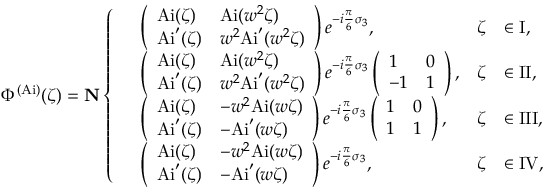
\Phi ^ { ( \mathrm { A i } ) } ( \zeta ) = \mathbf { N } \left\{ \begin{array} { r l r l } & { \left( \begin{array} { l l } { \mathrm { A i } ( \zeta ) } & { \mathrm { A i } ( w ^ { 2 } \zeta ) } \\ { \mathrm { A i } ^ { \prime } ( \zeta ) } & { w ^ { 2 } \mathrm { A i } ^ { \prime } ( w ^ { 2 } \zeta ) } \end{array} \right) e ^ { - i \frac { \pi } { 6 } \sigma _ { 3 } } , } & { \zeta } & { \in \mathrm { I } , } \\ & { \left( \begin{array} { l l } { \mathrm { A i } ( \zeta ) } & { \mathrm { A i } ( w ^ { 2 } \zeta ) } \\ { \mathrm { A i } ^ { \prime } ( \zeta ) } & { w ^ { 2 } \mathrm { A i } ^ { \prime } ( w ^ { 2 } \zeta ) } \end{array} \right) e ^ { - i \frac { \pi } { 6 } \sigma _ { 3 } } \left( \begin{array} { l l } { 1 } & { 0 } \\ { - 1 } & { 1 } \end{array} \right) , } & { \zeta } & { \in \mathrm { I I } , } \\ & { \left( \begin{array} { l l } { \mathrm { A i } ( \zeta ) } & { - w ^ { 2 } \mathrm { A i } ( w \zeta ) } \\ { \mathrm { A i } ^ { \prime } ( \zeta ) } & { - \mathrm { A i } ^ { \prime } ( w \zeta ) } \end{array} \right) e ^ { - i \frac { \pi } { 6 } \sigma _ { 3 } } \left( \begin{array} { l l } { 1 } & { 0 } \\ { 1 } & { 1 } \end{array} \right) , } & { \zeta } & { \in \mathrm { I I I } , } \\ & { \left( \begin{array} { l l } { \mathrm { A i } ( \zeta ) } & { - w ^ { 2 } \mathrm { A i } ( w \zeta ) } \\ { \mathrm { A i } ^ { \prime } ( \zeta ) } & { - \mathrm { A i } ^ { \prime } ( w \zeta ) } \end{array} \right) e ^ { - i \frac { \pi } { 6 } \sigma _ { 3 } } , } & { \zeta } & { \in \mathrm { I V } , } \end{array} \right.